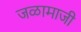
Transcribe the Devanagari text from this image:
जळामाजी